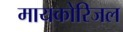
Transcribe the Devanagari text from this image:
मायकोरिजल